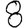
Digit: 8